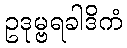
ဥဒုမ္ဗရခါဒိကံ